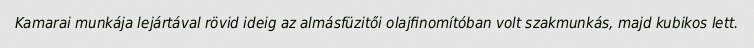
Kamarai munkája lejártával rövid ideig az almásfüzitői olajfinomítóban volt szakmunkás, majd kubikos lett.